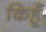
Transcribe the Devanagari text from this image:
किहूँ